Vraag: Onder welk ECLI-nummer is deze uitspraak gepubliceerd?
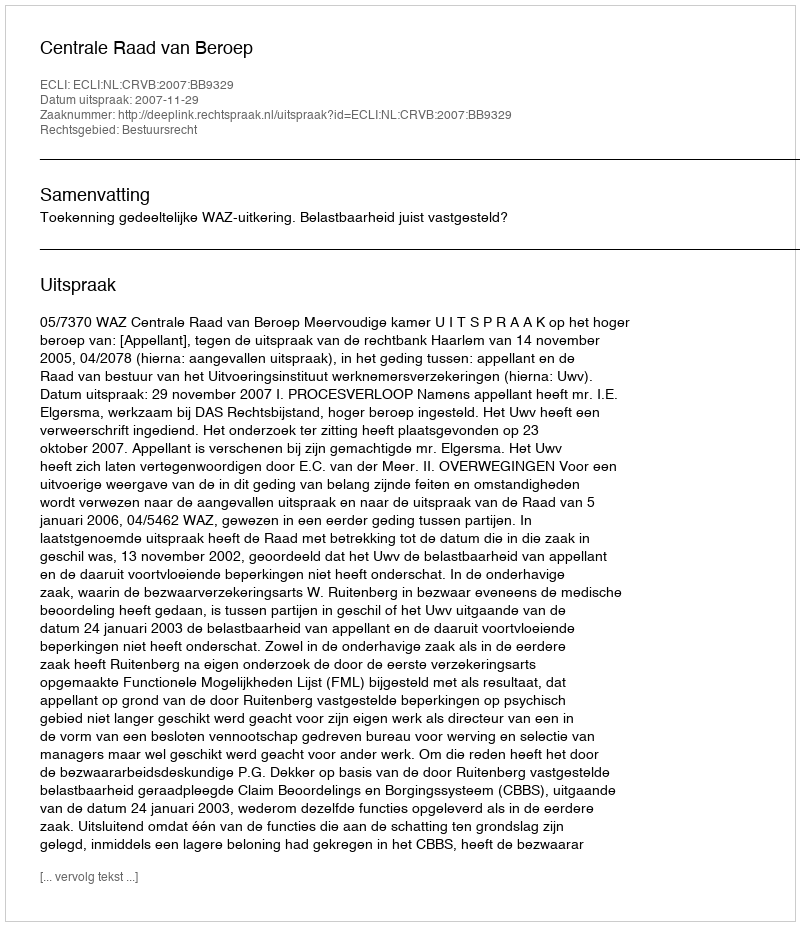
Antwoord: ECLI:NL:CRVB:2007:BB9329